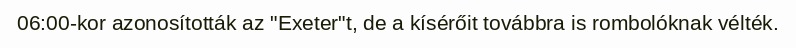
06:00-kor azonosították az "Exeter"t, de a kísérőit továbbra is rombolóknak vélték.